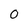
Character: 0